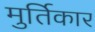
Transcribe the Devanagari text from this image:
मुर्तिकार